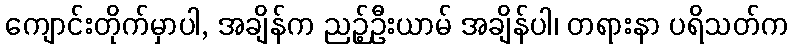
ကျောင်းတိုက်မှာပါ, အချိန်က ညဉ့်ဦးယာမ် အချိန်ပါ၊ တရားနာ ပရိသတ်က